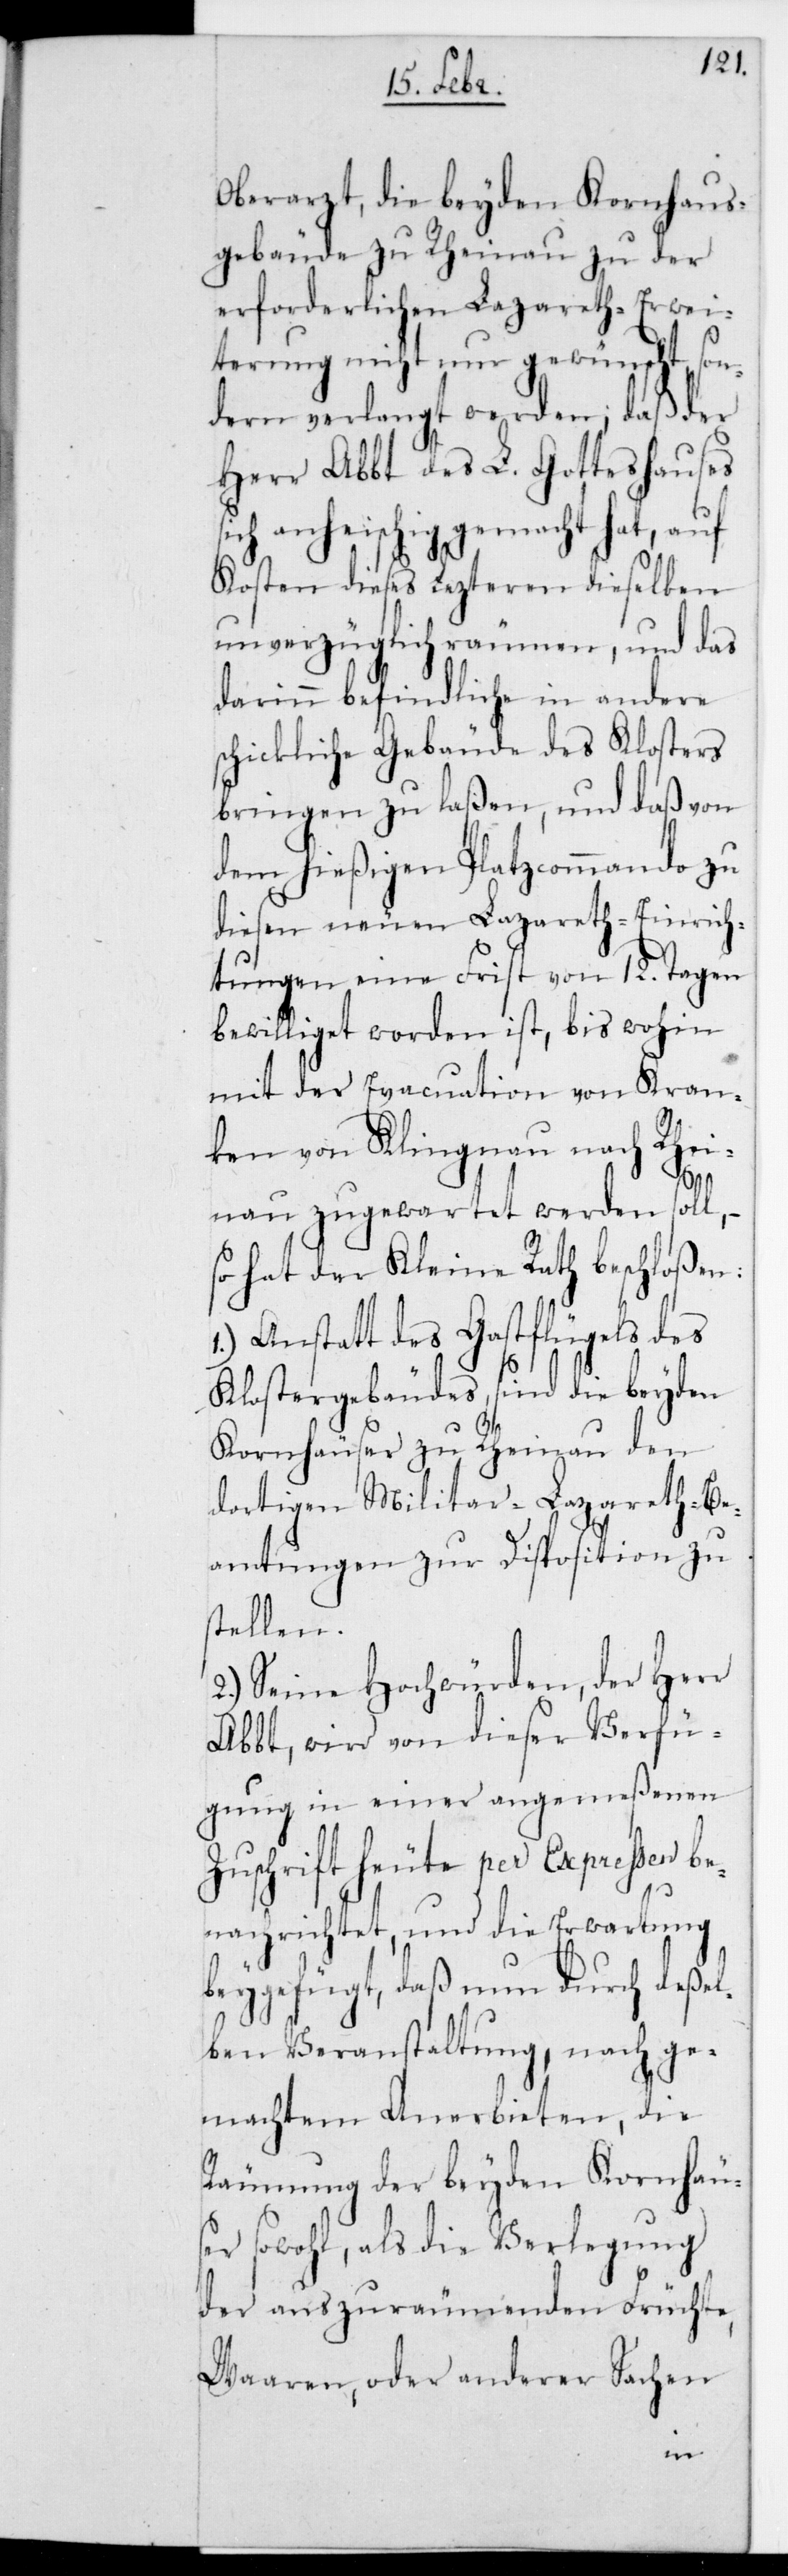
Oberarzt, die beyden Kornhaus¬
gebäude zu Rheinau zu der
erforderlichen Lazareth-Erwei¬
terung nicht nur gewünscht, son¬
dern verlangt werden; daß der
Herr Abbt des L. Gotteshauses
sich anheischig gemacht hat, auf
Kosten dieses lezteren dieselben
unverzüglich räumen, und das
darin befindliche in andere
schickliche Gebäude des Klosters
bringen zu laßen, und daß von
dem hießigen Platzcommando zu
diesen neuen Lazareth-Einrich¬
tungen eine Frist von 12. Tagen
bewilliget worden ist, bis wohin
mit der Evacuation von Kran¬
ken von Klingnau nach Rhei¬
nau zugewartet werden soll, –
so hat der Kleine Rath beschloßen:
1.) Anstatt des Gastflügels des
Klostergebäudes sind die beyden
Kornhäuser zu Rheinau den
dortigen Militar-Lazareth-Be¬
amtungen zur Disposition zu
stellen.
2.) Seine Hochwürden, der Herr
Abbt wird von dieser Verfü¬
gung in einer angemeßenen
Zuschrift heute per Expreßen be¬
nachrichtet, und die Erwartung
beygefügt, daß nun durch deßel¬
ben Veranstaltung, nach ge¬
machtem Anerbieten, die
Räumung der beyden Kornhäu¬
ser sowohl als die Verlegung
der auszuräumenden Früchte,
Waren, oder anderer Sachen